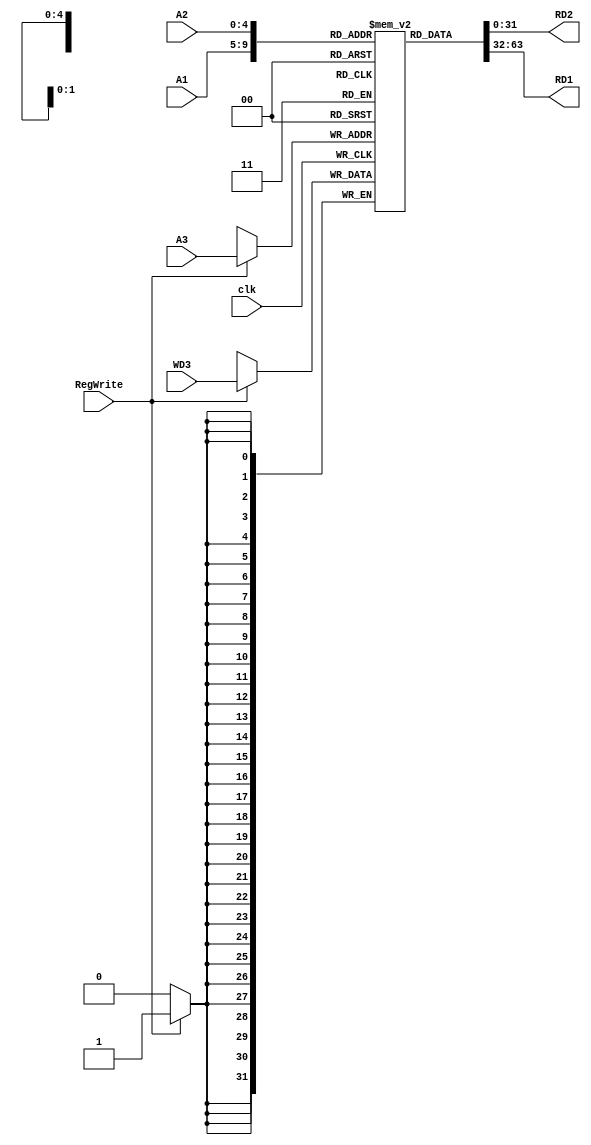
module Reg_File (
    input               clk,
    input       [4:0]   A1, // 5 bits Address 1
    input       [4:0]   A2, // 5 bits Address 2
    input       [4:0]   A3, // 5 bits Address 3

    input               RegWrite,   // Will there be writing in register
    input       [31:0]  WD3,        // 32 bits Write data in 3
    output      [31:0]  RD2,        // 32 bits Read data in 2
    output      [31:0]  RD1         // 32 bits Read data in 1

);
    // lw : load word instr [op(6bit) rs(5bit) rd(5bit) imm(16bit)]

    reg [31:0]  ROM [31:0];
    // Setting indices 0-15 of ROM to 32 bits of 0s
    initial begin
        ROM[0] <= 32'b0;
        ROM[1] <= 32'b0;
        ROM[2] <= 32'b0;
        ROM[3] <= 32'b0;
        ROM[4] <= 32'b0;
        ROM[5] <= 32'b0;
        ROM[6] <= 32'b0;
        ROM[7] <= 32'b0;
        ROM[8] <= 32'b0;
        ROM[9] <= 32'b0;
        ROM[10] <= 32'b0;
        ROM[11] <= 32'b0;
        ROM[12] <= 32'b0;
        ROM[13] <= 32'b0;
        ROM[14] <= 32'b0;
        ROM[15] <= 32'b0;
    end


    assign RD1 = ROM[A1]; // Assign RD1 to the data stored in ROM at address 1
    assign RD2 = ROM[A2]; // Assign RD2 to the data stored in ROM at address 2
    
    // RegWrite is set to 1 when lw Instr is executed
    always @(posedge clk) begin
        if (RegWrite) begin
            // load word
            ROM[A3] <= WD3; // Store the data in WD3 into ROM at address 3
        end
    end
endmodule